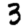
Digit: 3